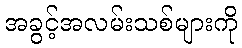
အခွင့်အလမ်းသစ်များကို